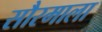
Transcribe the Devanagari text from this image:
सौरमाला